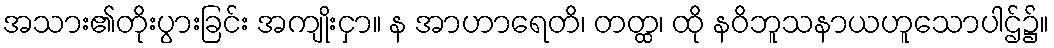
အသား၏တိုးပွားခြင်း အကျိုးငှာ။ န အာဟာရေတိ၊ တတ္ထ၊ ထို နဝိဘူသနာယဟူသောပါဌ်၌။